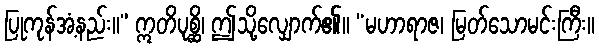
ပြုကုန်အံ့နည်း။” ဣတိပုစ္ဆိ၊ ဤသို့လျှောက်၏။ “မဟာရာဇ၊ မြတ်သောမင်းကြီး။